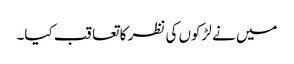
میں نے لڑکوں کی نظر کا تعاقب کیا۔